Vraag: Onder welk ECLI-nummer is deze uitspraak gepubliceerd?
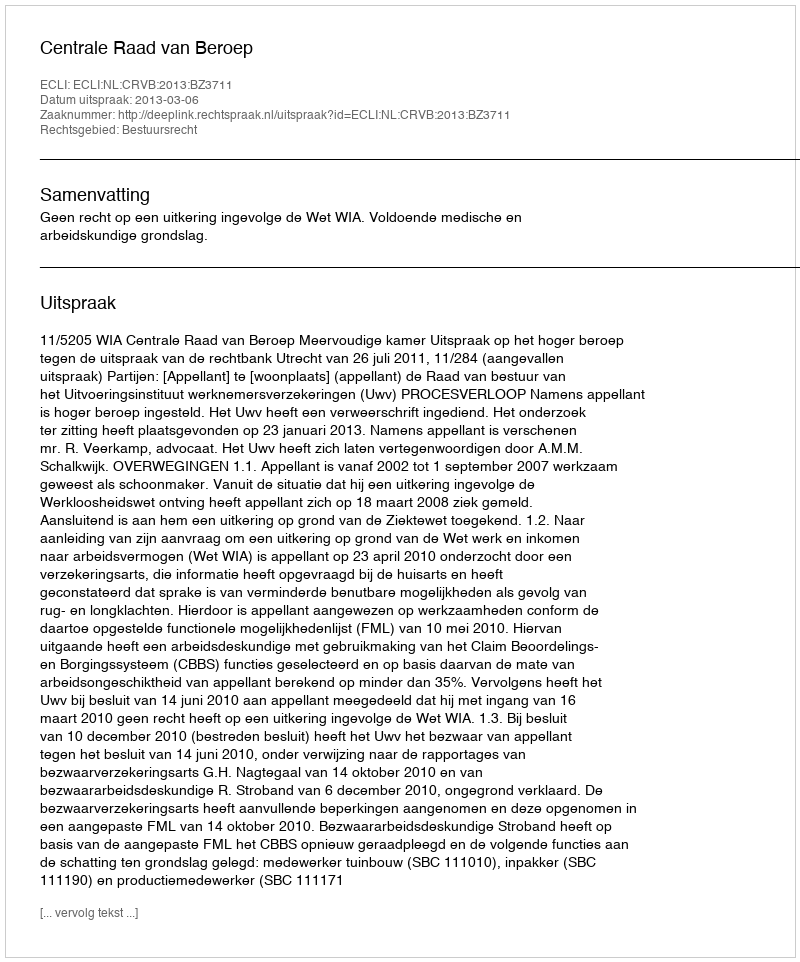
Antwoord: ECLI:NL:CRVB:2013:BZ3711